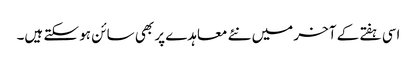
اسی ہفتے کے آخر میں نئے معاہدے پر بھی سائن ہو سکتے ہیں۔